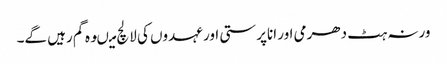
ورنہ ہٹ دھرمی اور اناپرستی اور عہدوں کی لالچ میںوہ گم رہیں گے۔